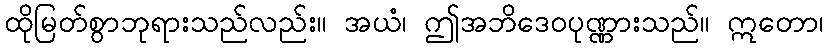
ထိုမြတ်စွာဘုရားသည်လည်း။ အယံ၊ ဤအဘိဒေဝပုဏ္ဏားသည်။ ဣတော၊